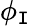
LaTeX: \phi_{\mathtt{I}}